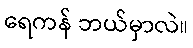
ရေကန် ဘယ်မှာလဲ။